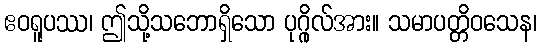
ဧဝရူပဿ၊ ဤသို့သဘောရှိသော ပုဂ္ဂိုလ်အား။ သမာပတ္တိဝသေန၊